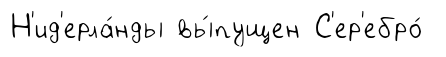
Н'ид'ерла́нды вы́пущен С'ер'ебро́